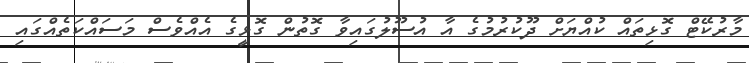
މާރުކޭޓް ގޮޅިތައް ކުއްޔަށް ދޫކުރުމުގެ އާ އުސޫލުގައިވާ ގޮތުން ގޮޅީގެ އެއްވެސް މަސައްކަތެއްގައި